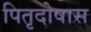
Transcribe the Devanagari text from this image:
पितृदोषास